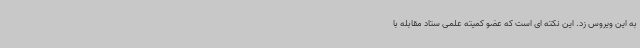
به این ویروس زد. این نکته ای است که عضو کمیته علمی ستاد مقابله با